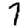
Digit: 7